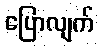
ပြောလျက်